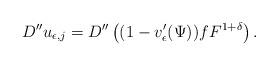
LaTeX: \begin{align*}D'' u_{\epsilon,j}=D''\left((1-v'_{\epsilon}(\Psi))fF^{1+\delta}\right).\end{align*}